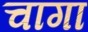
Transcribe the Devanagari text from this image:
चागा